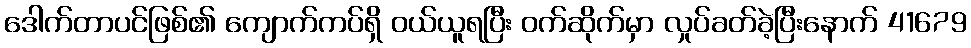
ဒေါက်တာပင်ဖြစ်၏ ကျောက်ကပ်ရှိ ဝယ်ယူရပြီး ဝက်ဆိုက်မှာ လှုပ်ခတ်ခဲ့ပြီးနောက် 41679